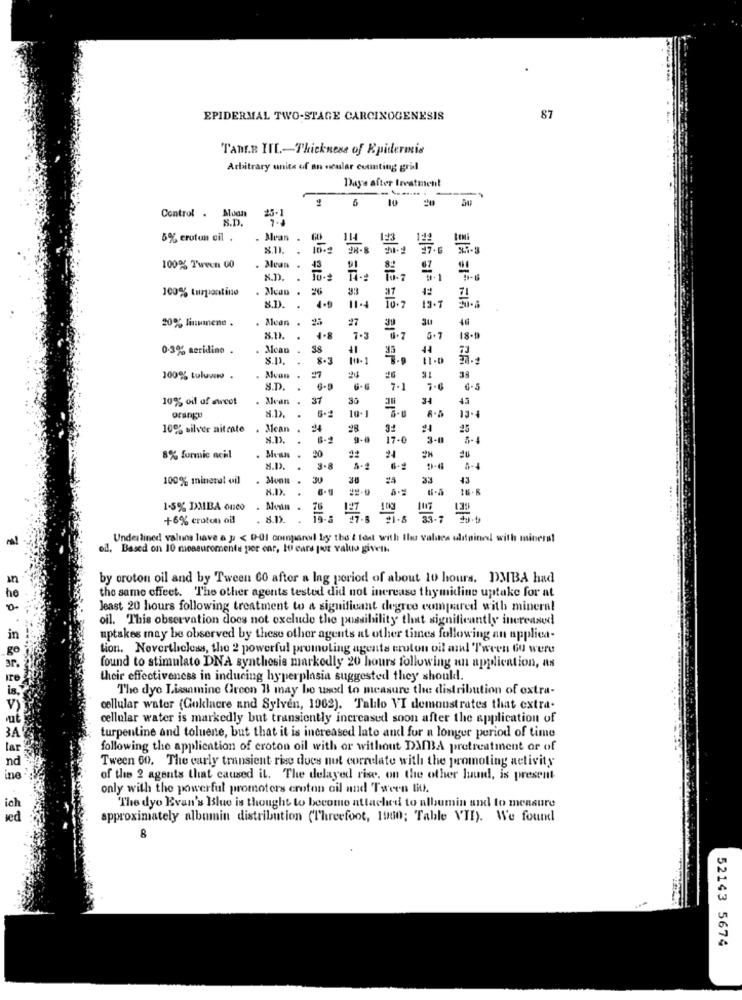
EPIDERMAL TWO-STAGE CARCINOGENESIS
87
TANER IIL-Thickness of Epidermis
Arbitrary units of an soular cotinting grid
Days after Ireatment
20 30
Control .
Aloam
S.D.
5% erotun oil .
. Mean .
100% T'ween 00
. Mean .
S.D
.
100% turpentine
. Mean . 26
26
33
11-4
37
8.D
4.9
19 . 7
20% linumnene .
Mean .
27
30
S.P
1.8
7.3
0.7
18 1
0-3% meridino .
Scan
41
8.13.
8.3
100% toluvno .
Moon .
38
S.D. .
7.1
7.6
6 . 5
10% oil of ewcot
. Alvan . 37
37
34
45
10.
orangu
8.1>. .
13.
10% silver nitrate
Mean
28
31
21
25
.
9-
17.0
3-0
8-4
8% formic acidl
Mesn . 20
20
24
2
S.D.
3-8
6-2
100% mineral oil
Monn .
30
30
33
43
H.D).
1-5% IMBA oneo
76
10g
+6% croton oil
. 8.02.
Underlined values have a p < 0-01 companel by the { test with the values slipined with mineral
oil, Based on 10 measuremente per ear, Iti ears por valus giveth.
by oroton oil and by Tween 60 after a Ing period of about 10 hours. DMBA had
the same cffeet. The other agents tested did not increase thymidine uptake for at
Jeast 20 hours following treatment to a significant degree compared with minera!
oil. This observation does not exclude the possibility that significantly increased
uptakes may be observed by these other agents at other times following an applica-
tion. Nevertheless, the 2 powerful promoting agents croton oil and Tween 6u were
found to stimulate DNA synthesis markedly 20 hours following an application, as
their effectiveness in inducing hyperplasia suggested they shoukl.
The dye Lissamine Green I may be used to measure the distribution of extra-
cellular water (Goklacre and Sylven, 1962). Talilo VI demonstrates that extra-
cellular water is markedly but transiently increased soon after the application of
3A
turpentine and toluene, but that it is increased late and for a longer period of time
following the application of croton oil with or without DMBA pretreatment or of
Tween 60. The carly transient rise does not correlate with the promoting activity
of the 2 agents that caused il. The delayed rise. on the other luund, is present
only with the powerful promoters croton cil and Tween B.
The dyo Evan's Blue is thought to become attached to albumin und to measure
red
approximately albumin distribution (Threefoot, 1900; Table VII). We found
8
52143 5674